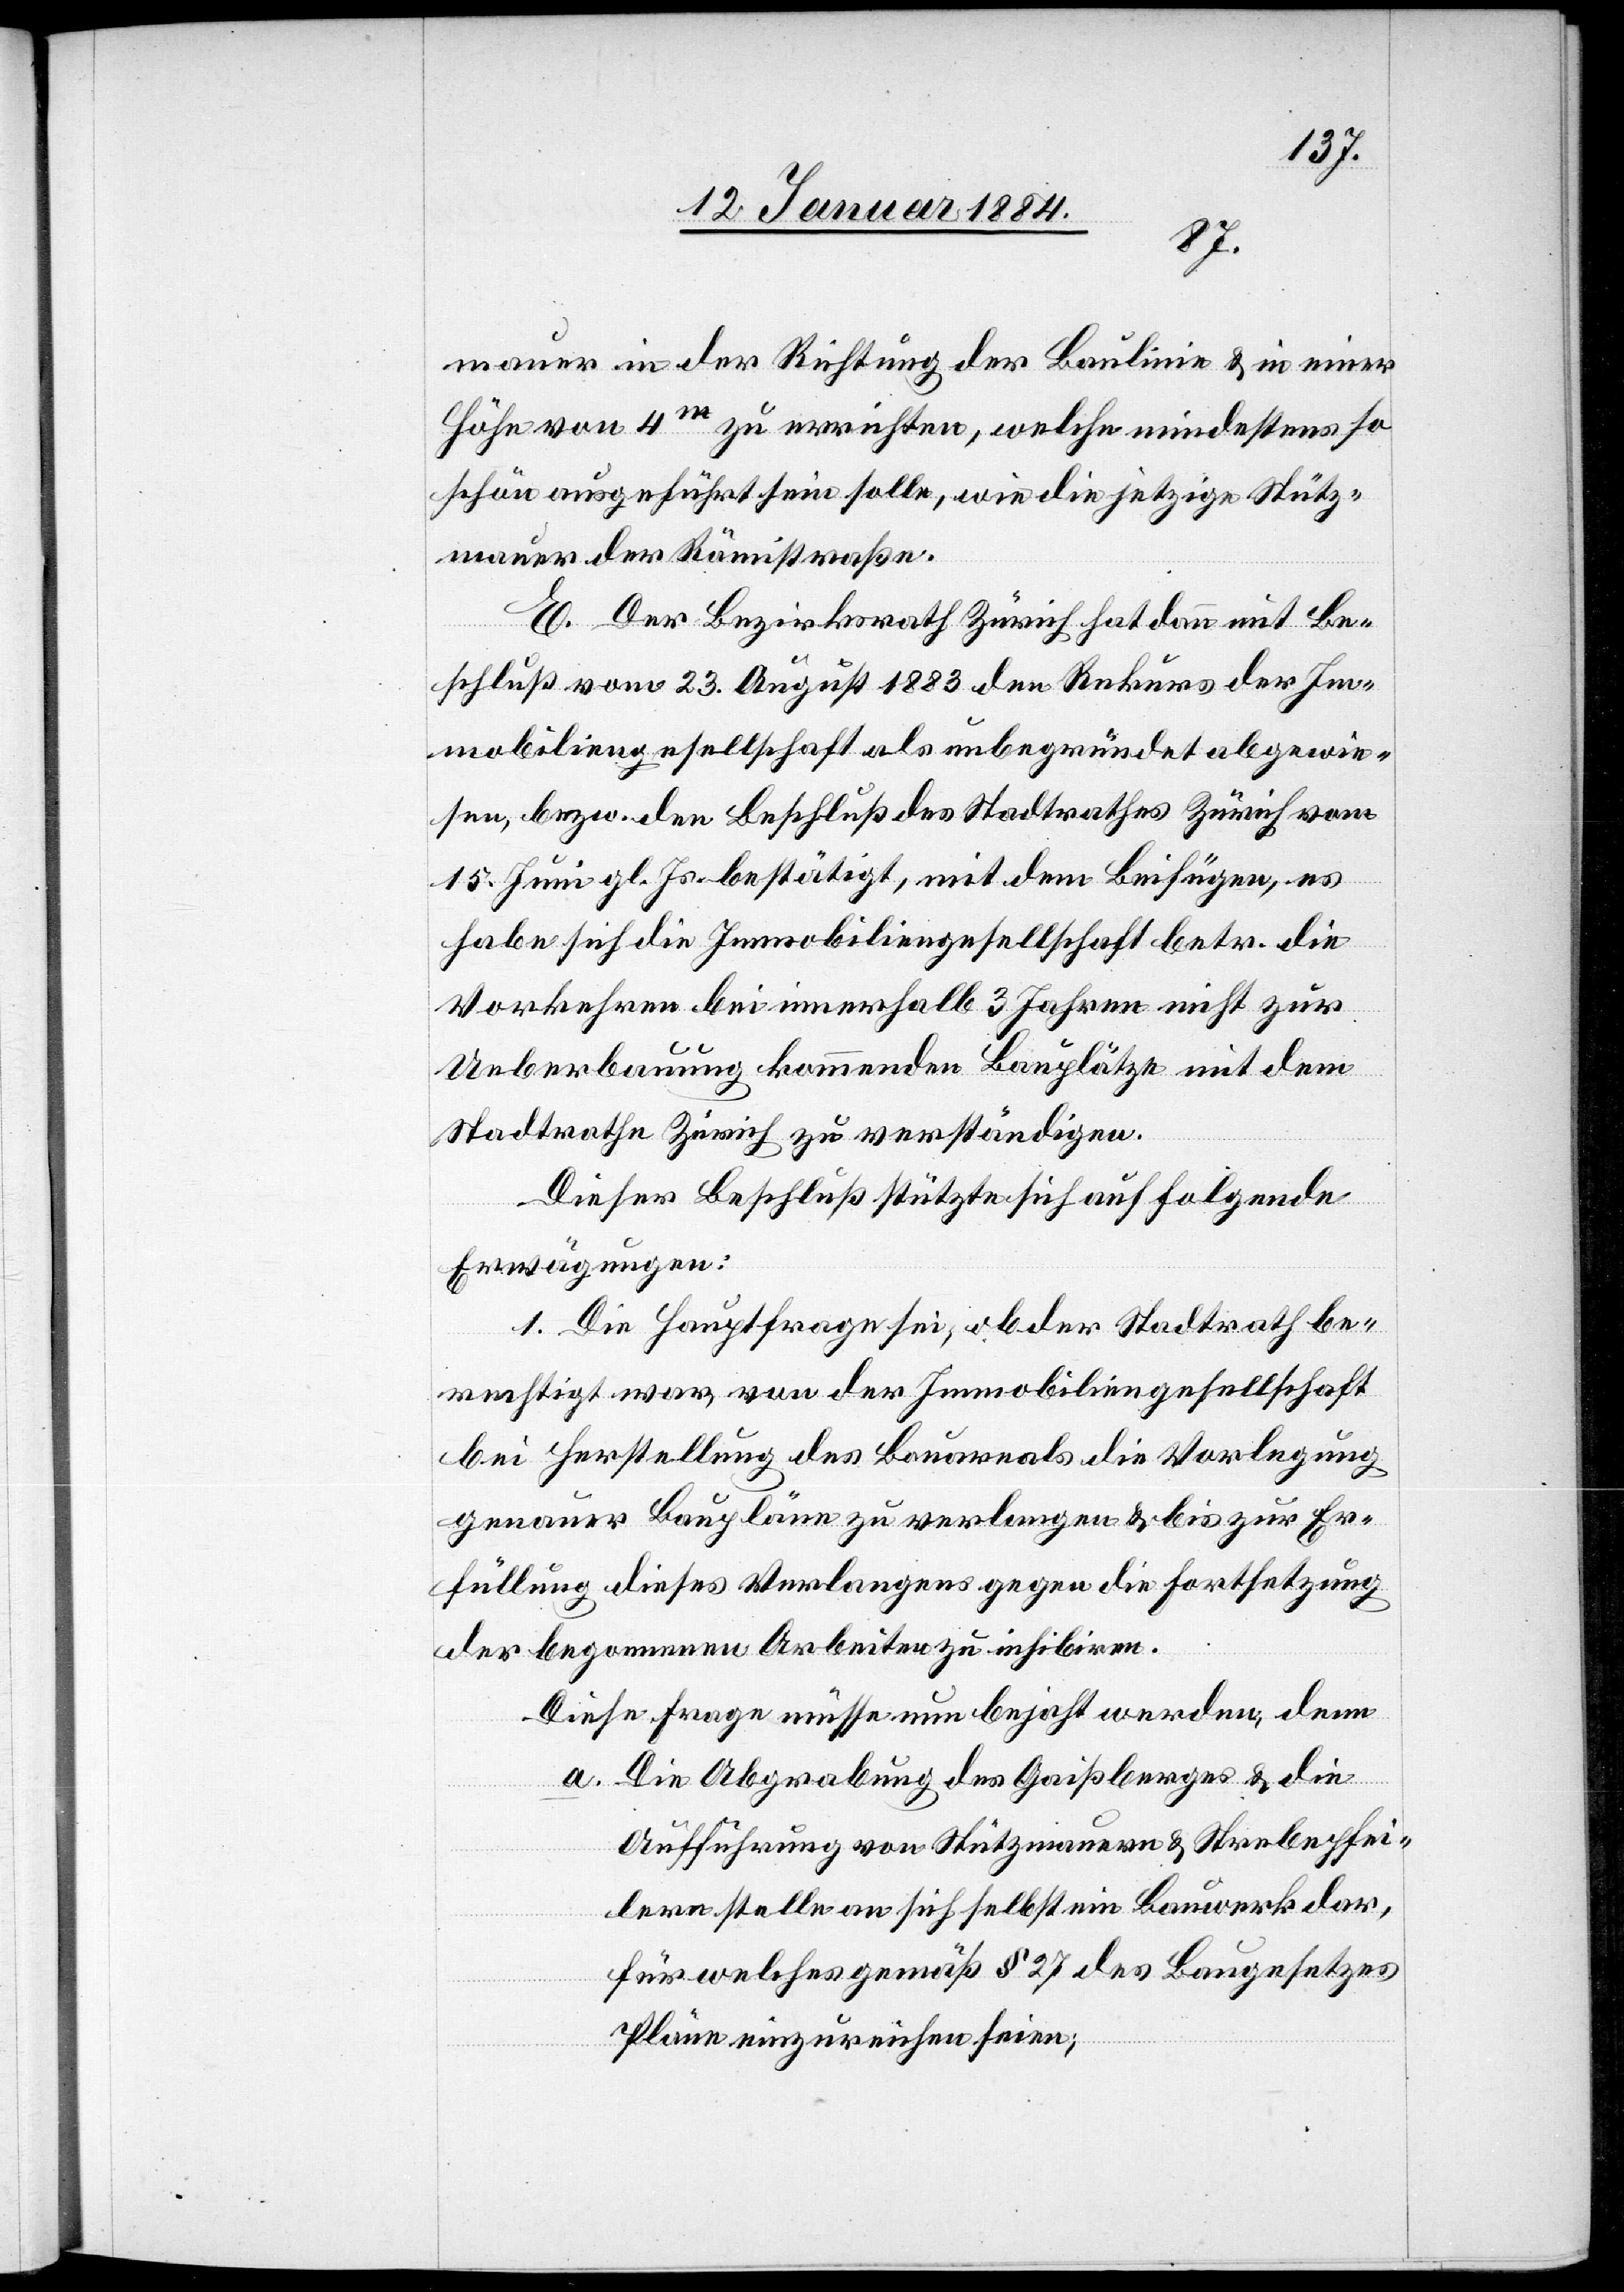
mauer in der Richtung der Baulinie & in einer
Höhe von 4m zu errichten, welche mindestens so
schön ausgeführt sein solle, wie die jetzige Stütz¬
mauer der Rämistraße.
E. Der Bezirksrath Zürich hat dann mit Be¬
schluß vom 23. August 1883 den Rekurs der Im¬
mobiliengesellschaft als unbegründet abgewie¬
sen, bzw. den Beschluß des Stadtrathes Zürich vom
15. Juni gl. Js. bestätigt, mit dem Beifügen, es
habe sich die Immobiliengesellschaft betr. die
Vorkehren bei innerhalb 3 Jahren nicht zur
Ueberbauung kommenden Bauplätzen mit dem
Stadtrathe Zürich zu verständigen.
Dieser Beschluß stütze sich auf folgende
Erwägungen:
1. Die Hauptfrage sei, ob der Stadtrath be¬
rechtigt war, von der Immobiliengesellschaft
bei Herstellung des Bauareals die Vorlegung
genauer Baupläne zu verlangen & bis zur Er¬
füllung dieses Verlangens gegen die Fortsetzung
der begonnenen Arbeiten zu inhibiren.
Diese Frage müsse nun bejaht werden, denn
a. Die Abgrabung des Gaißberges & die
Ausführung von Stützmauern & Strebepfei¬
lern stellen an sich selbst ein Bauwerk dar
für welches gemäß § 27 des Baugesetzes
Pläne einzureichen seien;